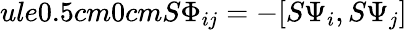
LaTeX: ule{0.5cm}{0cm}S\Phi_{ij}=-[S\Psi_{i},S\Psi_{j}]